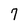
Character: 7